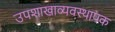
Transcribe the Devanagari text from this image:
उपशाखाव्यवस्थापक